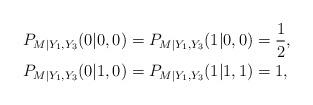
LaTeX: \begin{align*}P_{M|Y_1,Y_3}(0|0,0)&=P_{M|Y_1,Y_3}(1|0,0)=\frac{1}{2},\\P_{M|Y_1,Y_3}(0|1,0)&=P_{M|Y_1,Y_3}(1|1,1)=1,\end{align*}